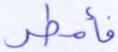
فأمطر